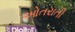
ઓતરાતી